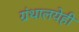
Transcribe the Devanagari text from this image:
ग्रंथालयेही